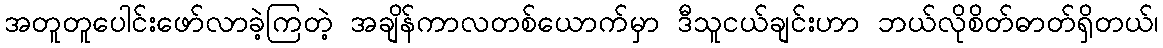
အတူတူပေါင်းဖော်လာခဲ့ကြတဲ့ အချိန်ကာလတစ်ယောက်မှာ ဒီသူငယ်ချင်းဟာ ဘယ်လိုစိတ်ဓာတ်ရှိတယ်၊